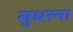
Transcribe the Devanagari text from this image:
सुधरना